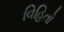
વિહિતો